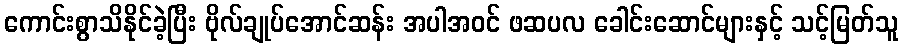
ကောင်းစွာသိနိုင်ခဲ့ပြီး ဗိုလ်ချုပ်အောင်ဆန်း အပါအဝင် ဖဆပလ ခေါင်းဆောင်များနှင့် သင့်မြတ်သူ